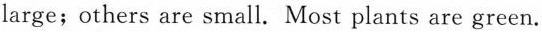
large;others are small. Most plants are green.